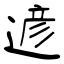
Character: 遃